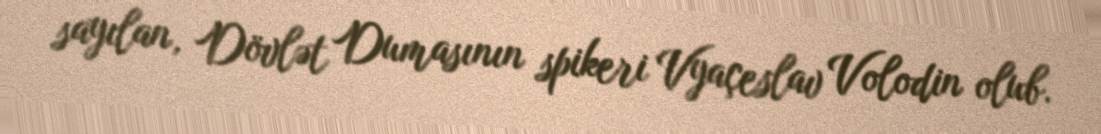
sayılan, Dövlət Dumasının spikeri Vyaçeslav Volodin olub.